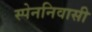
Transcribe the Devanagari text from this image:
स्पेननिवासी